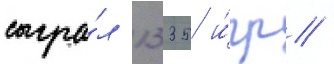
сыгра́л 1335 и́гр /